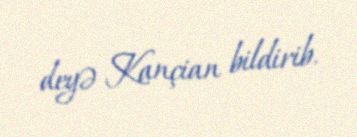
deyə Kançian bildirib.